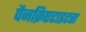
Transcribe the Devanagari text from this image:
पैनक्रिएटाइटस